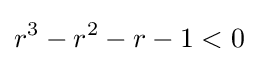
r^{3}-r^{2}-r-1<0